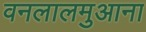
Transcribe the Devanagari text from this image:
वनलालमुआना